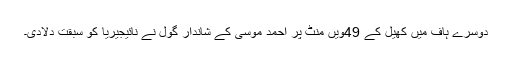
دوسرے ہاف میں کھیل کے 49ویں منٹ پر احمد موسیٰ کے شاندار گول نے نائیجیریا کو سبقت دلادی۔